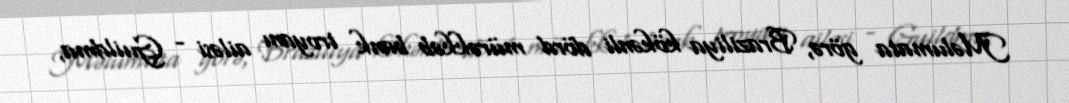
Məlumata görə, Braziliya kökənli dörd mürəkkəb bank troyanı ailəsi - Guildma,